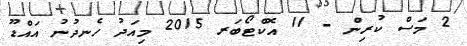
2 މަސް ކުރިން - 11 އޮކްޓޯބަރ 2015 މިއަދު ހެނދުނު އައްޑޫ